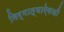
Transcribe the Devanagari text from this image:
निर्मात्याऐवजी